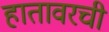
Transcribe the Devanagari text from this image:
हातावरची